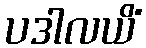
ပဒါလယိံ